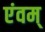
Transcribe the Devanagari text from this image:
एंवम्